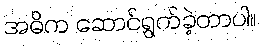
အဓိက ဆောင်ရွက်ခဲ့တာပါ။